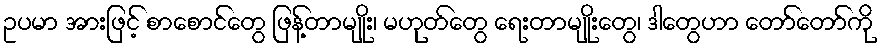
ဥပမာ အားဖြင့် စာစောင်တွေ ဖြန့်တာမျိုး၊ မဟုတ်တွေ ရေးတာမျိုးတွေ၊ ဒါတွေဟာ တော်တော်ကို